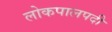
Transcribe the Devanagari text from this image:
लोकपालपदी